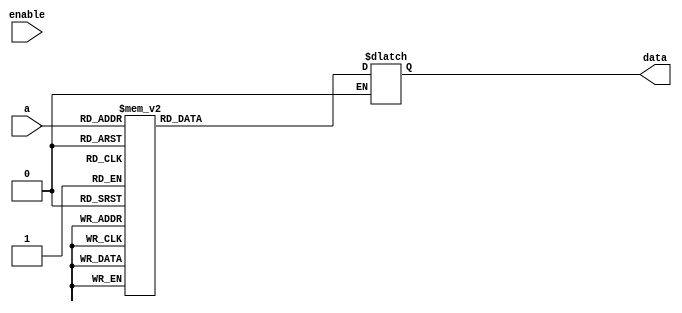
module Lab_6(data, a,enable);
	input [6:0]a; //for this lab only need 76 bytes, 7 bits gives 128 bytes
	input enable;
	output reg [31:0] data;
	
	always @(a or enable) begin
		if (enable == 1'b1)
			case (a)
				7'h00 : data = 32'h00450693;
				7'h04 : data = 32'h00100713;
				7'h08 : data = 32'h00b76463;
				7'h0c : data = 32'h00008067;
				7'h10 : data = 32'h0006a803;
				7'h14 : data = 32'h00068613;
				7'h18 : data = 32'h00070793;
				7'h1c : data = 32'hffc62883;
				7'h20 : data = 32'h01185a63;
				7'h24 : data = 32'h01162023;
				7'h28 : data = 32'hfff78793;
				7'h2c : data = 32'hffc60613;
				7'h30 : data = 32'hfe0796e3;
				7'h34 : data = 32'h00279793;
				7'h38 : data = 32'h00f507b3;
				7'h3c : data = 32'h0107a023;
				7'h40 : data = 32'h00170713;
				7'h44 : data = 32'h00468693;
				7'h48 : data = 32'hfc1ff06f;
				
				//filling in the gaps
				7'h01: data = 32'h13004506;
				7'h02: data = 32'h07130045;
				7'h03: data = 32'h10071300;
				7'h05: data = 32'h63001007;
				7'h06: data = 32'h64630010;
				7'h07: data = 32'hb7646300;
				7'h09: data = 32'h6700b764;
				7'h0a: data = 32'h806700b7;
				7'h0b: data = 32'h00806700;
				7'h0d: data = 32'h03000080;
				7'h0e: data = 32'ha8030000;
				7'h0f: data = 32'h06a80300;
				7'h11: data = 32'h130006a8;
				7'h12: data = 32'h86130006;
				7'h13: data = 32'h06861300;
				7'h15: data = 32'h93000686;
				7'h16: data = 32'h07930006;
				7'h17: data = 32'h07079300;
				7'h19: data = 32'h83000707;
				7'h1a: data = 32'h28830007;
				7'h1b: data = 32'hc6288300;
				7'h1d: data = 32'h63ffc628;
				7'h1e: data = 32'h5a63ffc6;
				7'h1f: data = 32'h185a63ff;
				7'h21: data = 32'h2301185a;
				7'h22: data = 32'h20230118;
				7'h23: data = 32'h16202301;
				7'h25: data = 32'h93011620;
				7'h26: data = 32'h87930116;
				7'h27: data = 32'hf7879301;
				7'h29: data = 32'h13fff787;
				7'h2a: data = 32'h0613fff7;
				7'h2b: data = 32'hc60613ff;
				7'h2d: data = 32'he3ffc606;
				7'h2e: data = 32'h96e3ffc6;
				7'h2f: data = 32'h0796e3ff;
				7'h31: data = 32'h93fe0796;
				7'h32: data = 32'h9793fe07;
				7'h33: data = 32'h279793fe;
				7'h35: data = 32'hb3002797;
				7'h36: data = 32'h07b30027;
				7'h37: data = 32'hf507b300;
				7'h39: data = 32'h2300f507;
				7'h3a: data = 32'ha02300f5;
				7'h3b: data = 32'h07a02300;
				7'h3d: data = 32'h130107a0;
				7'h3e: data = 32'h07130107;
				7'h3f: data = 32'h17071301;
				7'h41: data = 32'h93001707;
				7'h42: data = 32'h86930017;
				7'h43: data = 32'h46869300;
				7'h45: data = 32'h6f004686;
				7'h46: data = 32'hf06f0046;
				7'h47: data = 32'h1ff06f00;
				7'h49: data = 32'hxxfc1ff0;
				7'h4a: data = 32'hxxxxfc1f;
				7'h4b: data = 32'hxxxxxxfc;
				default: data = 32'hxxxxxxxx;
			endcase
		if (enable == 1'b0)
			data = 32'hzzzzzzzz;
	end
	//
	
	
	
endmodule


/*
				7'h00 : data = 32'h00450693;
				7'h04 : data = 32'h00100713;
				7'h08 : data = 32'h00b76463;
				7'h0c : data = 32'h00008067;
				7'h10 : data = 32'h0006a803;
				7'h14 : data = 32'h00068613;
				7'h18 : data = 32'h00070793;
				7'h1c : data = 32'hffc62883;
				7'h20 : data = 32'h01185a63;
				7'h24 : data = 32'h01162023;
				7'h28 : data = 32'hfff78793;
				7'h2c : data = 32'hffc60613;
				7'h30 : data = 32'hfe0796e3;
				7'h34 : data = 32'h00279793;
				7'h38 : data = 32'h00f507b3;
				7'h3c : data = 32'h0107a023;
				7'h40 : data = 32'h00170713;
				7'h44 : data = 32'h00468693;
				7'h48 : data = 32'hfc1ff06f;

				
				7'h00: data = 32'h00450693;
				7'h01: data = 32'h13004506;
				7'h02: data = 32'h07130045;
				7'h03: data = 32'h10071300;
				7'h04: data = 32'h00100713;
				7'h05: data = 32'h63001007;
				7'h06: data = 32'h64630010;
				7'h07: data = 32'hb7646300;
				7'h08: data = 32'h00b76463;
				7'h09: data = 32'h6700b764;
				7'h0a: data = 32'h806700b7;
				7'h0b: data = 32'h00806700;
				7'h0c: data = 32'h00008067;
				7'h0d: data = 32'h03000080;
				7'h0e: data = 32'ha8030000;
				7'h0f: data = 32'h06a80300;
				7'h10: data = 32'h0006a803;
				7'h11: data = 32'h130006a8;
				7'h12: data = 32'h86130006;
				7'h13: data = 32'h06861300;
				7'h14: data = 32'h00068613;
				7'h15: data = 32'h93000686;
				7'h16: data = 32'h07930006;
				7'h17: data = 32'h07079300;
				7'h18: data = 32'h00070793;
				7'h19: data = 32'h83000707;
				7'h1a: data = 32'h28830007;
				7'h1b: data = 32'hc6288300;
				7'h1c: data = 32'hffc62883;
				7'h1d: data = 32'h63ffc628;
				7'h1e: data = 32'h5a63ffc6;
				7'h1f: data = 32'h185a63ff;
				7'h20: data = 32'h01185a63;
				7'h21: data = 32'h2301185a;
				7'h22: data = 32'h20230118;
				7'h23: data = 32'h16202301;
				7'h24: data = 32'h01162023;
				7'h25: data = 32'h93011620;
				7'h26: data = 32'h87930116;
				7'h27: data = 32'hf7879301;
				7'h28: data = 32'hfff78793;
				7'h29: data = 32'h13fff787;
				7'h2a: data = 32'h0613fff7;
				7'h2b: data = 32'hc60613ff;
				7'h2c: data = 32'hffc60613;
				7'h2d: data = 32'he3ffc606;
				7'h2e: data = 32'h96e3ffc6;
				7'h2f: data = 32'h0796e3ff;
				7'h30: data = 32'hfe0796e3;
				7'h31: data = 32'h93fe0796;
				7'h32: data = 32'h9793fe07;
				7'h33: data = 32'h279793fe;
				7'h34: data = 32'h00279793;
				7'h35: data = 32'hb3002797;
				7'h36: data = 32'h07b30027;
				7'h37: data = 32'hf507b300;
				7'h38: data = 32'h00f507b3;
				7'h39: data = 32'h2300f507;
				7'h3a: data = 32'ha02300f5;
				7'h3b: data = 32'h07a02300;
				7'h3c: data = 32'h0107a023;
				7'h3d: data = 32'h130107a0;
				7'h3e: data = 32'h07130107;
				7'h3f: data = 32'h17071301;
				7'h40: data = 32'h00170713;
				7'h41: data = 32'h93001707;
				7'h42: data = 32'h86930017;
				7'h43: data = 32'h46869300;
				7'h44: data = 32'h00468693;
				7'h45: data = 32'h6f004686;
				7'h46: data = 32'hf06f0046;
				7'h47: data = 32'h1ff06f00;
				7'h48: data = 32'hfc1ff06f;
				7'h49: data = 32'hxxfc1ff0;
				7'h4a: data = 32'hxxxxfc1f;
				7'h4b: data = 32'hxxxxxxfc;
				*/